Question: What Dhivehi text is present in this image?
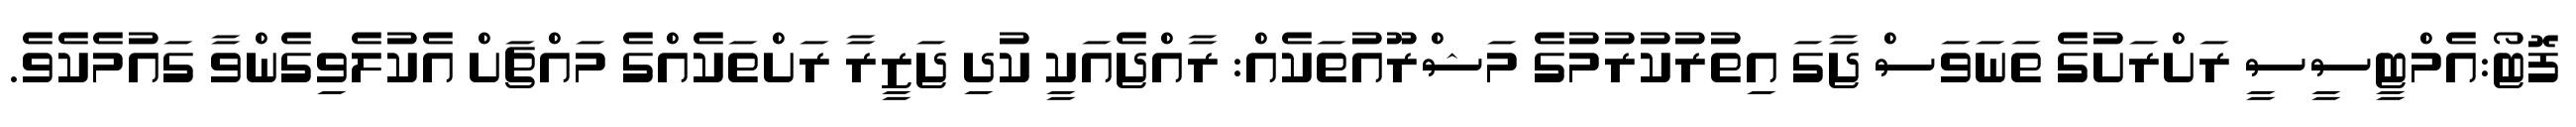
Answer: ފޮޓޯ:އެމްޓީސީސީ ރަށްރަށުގެ ތަނަވަސް ޖާގަ އިތުރުކުރުމުގެ މަޝްރޫއުތަކެއް: ރާއްޖެއަކީ ކުދި ޖަޒީރާ ރަށްތަކެއްގެ މައްޗަށް އެކުލެވިގެންވާ ގައުމެކެވެ.